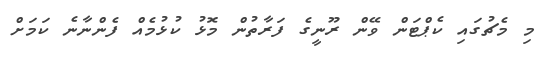
މި މެޗުގައި ކެޕްޓަން ވޭން ރޫނީގެ ފަރާތުން މޮޅު ކުޅުމެއް ފެންނާނެ ކަމަށް